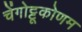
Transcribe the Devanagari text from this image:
चेंगोट्टूकोणम